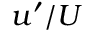
u ^ { \prime } / U